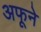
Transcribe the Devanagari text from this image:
अफूने